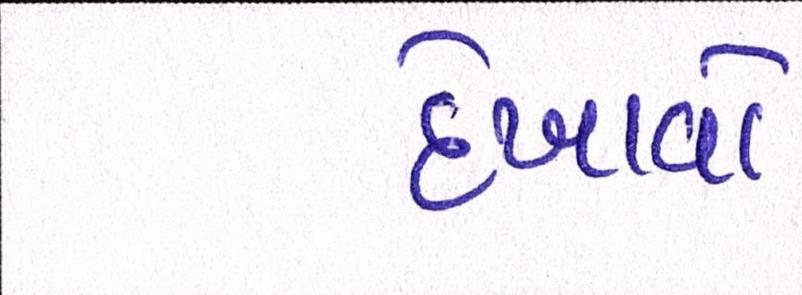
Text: દેખાવો